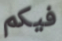
فيكم